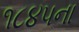
૧૮૪૫ના